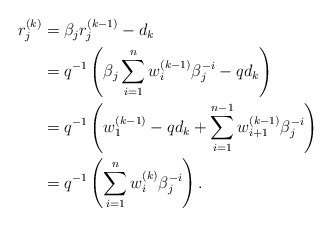
\begin{align*}\begin{aligned}r_j^{(k)}&=\beta_j r_j^{(k-1)}-d_k\\&=q^{-1}\left(\beta_j\sum_{i=1}^n w^{(k-1)}_i \beta_j^{-i}-q d_k\right)\\&=q^{-1}\left(w^{(k-1)}_1-q d_k+\sum_{i=1}^{n-1} w^{(k-1)}_{i+1} \beta_j^{-i}\right)\\&=q^{-1}\left(\sum_{i=1}^n w^{(k)}_i \beta_j^{-i}\right).\end{aligned}\end{align*}